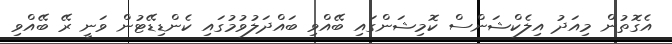
އެގޮތުން މިއަދު އިލެކްޝަންސް ކޮމިޝަންގައި ބޭއްވި ބައްދަލުވުމުގައި ކެންޑިޑޭޓުން ވަނީ ރޭ ބޭއްވި